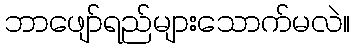
ဘာဖျော်ရည်များသောက်မလဲ။